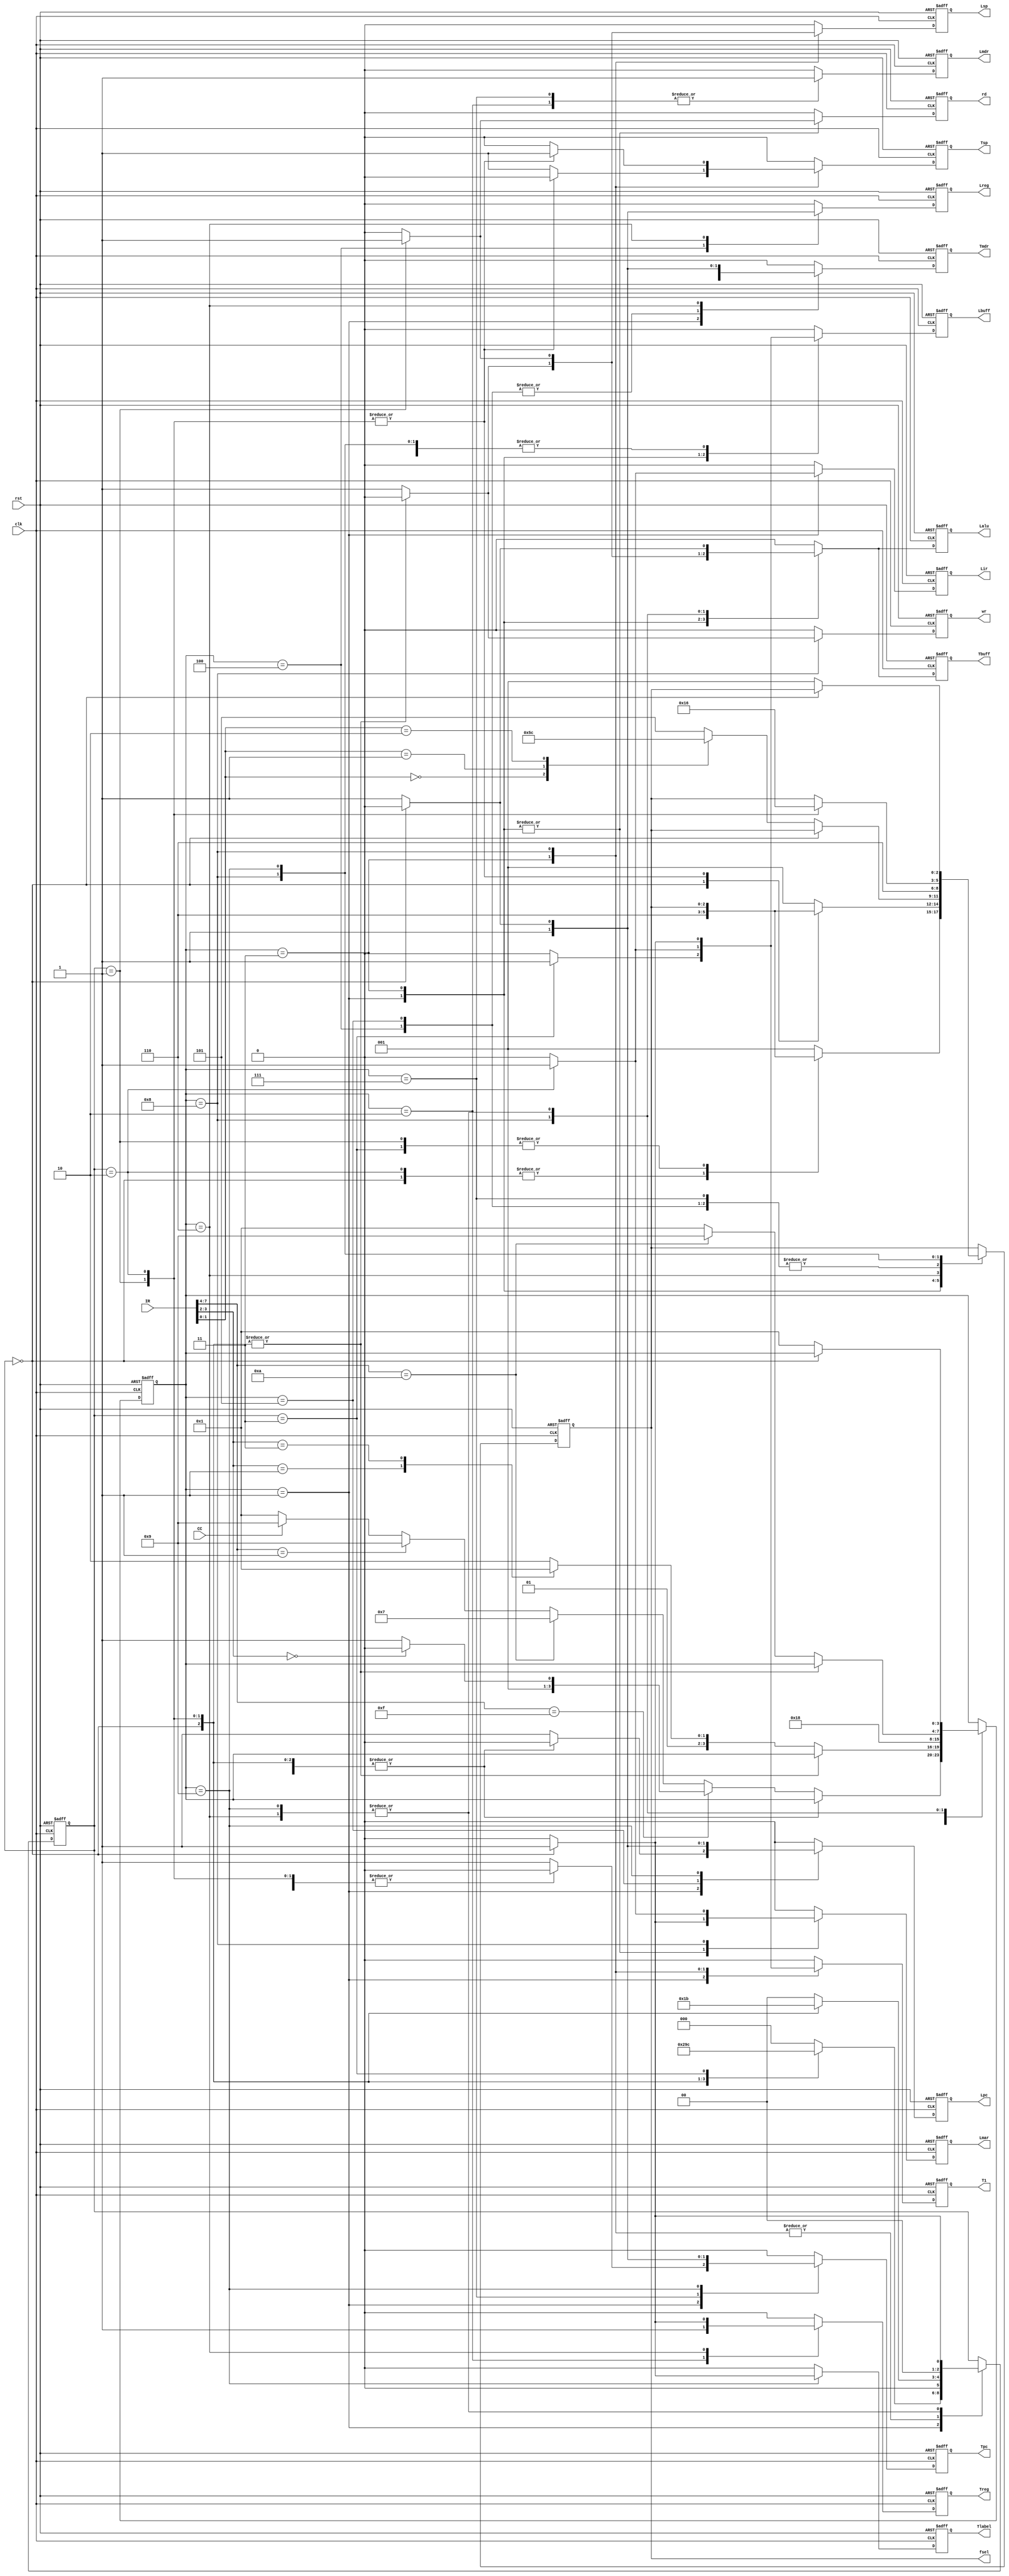
`timescale 1ns / 1ps
//////////////////////////////////////////////////////////////////////////////////
// Company: 
// Engineer: 
// 
// Design Name: 
// Module Name:    CPU_controller 
// Project Name: 
// Target Devices: 
// Tool versions: 
// Description: 
//
// Dependencies: 
//
// Revision: 
// Revision 0.01 - File Created
// Additional Comments: 
//
//////////////////////////////////////////////////////////////////////////////////
module CPU_controller(CC,clk,rst,IR,Lmar,Lir,Lbuff,Lpc,Lsp,Lreg,Lmdr,Lalu,Tpc,Tmdr,T1,Tbuff,Tsp,Treg,Tlabel,wr,rd,fsel);
	input CC,clk,rst;
	input [15:8]IR;
	//input [3:0] state;
	//output [3:0] state;
	output Lmar,Lir,Lbuff,Lpc,Lsp,Lreg,Lmdr,Lalu,Tpc,Tmdr,T1,Tbuff,Tsp,Treg,Tlabel,wr,rd;
	reg [2:0] count;
	output [2:0] fsel;
	reg [3:0] state;
	reg Lmar,Lir,Lbuff,Lpc,Lsp,Lreg,Lmdr,Lalu,Tpc,Tmdr,T1,Tbuff,Tsp,Treg,Tlabel,wr,rd;
	reg [2:0] fsel;
	
	initial begin
		count=3'b000;
		state=3'b001;
		fsel=3'b000;
	end
	

	always@(posedge clk or posedge rst)begin
		Lmar=1'b0;
		Lir=1'b0;
		Lbuff=1'b0;
		Lpc=1'b0;
		Lsp=1'b0;
		Lreg=1'b0;
		Lmdr=1'b0;
		Lalu=1'b0;
		Tpc=1'b0;
		Tmdr=1'b0;
		T1=1'b0;
		Tbuff=1'b0;
		Tsp=1'b0;
		Treg=1'b0;
		Tlabel=1'b0;
		wr=1'b0;
		rd=1'b0;
		$display("state = %h,count= %h",state,count);
		//$display("IR = %b",IR);
		if(rst)
		begin
			count=3'b000;
			state=3'b001;
			fsel=3'b000;
		end
		else
		begin		
		casex(state)
			1:
			begin
				casex(count)	
					0:			// MAR <- PC
					begin
						Tpc=1;
						Lmar=1;
						//Lalu=1;
						fsel=3'b110;
						count=1;
					end
					1:			//MDR <- <MAR>
					begin
						rd=1;
						count=2;
					end
					2:			//IT <- MDR
					begin
						Tmdr=1;
						Lir=1;
						//Lalu=1;
						fsel=3'b110;
						count=3;
					end
					3:			//buff <- 1
					begin
						T1=1;
						Lbuff=1;
						count=4;
					end
					default:	//PC <- Pc+buff
					begin
						Tbuff=1;
						Lalu=1;
						Tpc=1;
						fsel=3'b001;
						Lpc=1;
						count=0;
						if(IR[15:12] == 4'b1111)
							begin
								if(IR[11:10]==2'b00)
									state=2;
								else
									state=3;
							end
						else
							begin
								if(IR[15:12]==4'b1010)
									state=7;
								else
									begin
										if(IR[15:12]==4'b0001)
											state=9;
										else
										begin
											if(CC)
												state=9;
											else
												state=1;
										end
									end
							end							
					end
				endcase
			end

			2:
			begin
				Treg=1;	//MDR <- R
				Lmdr=1;
				//Lalu=1;
				fsel=3'b110;
				state=8;
			end

			3:
			begin
				casex(count)	
					0:			// MAR <- SP
					begin
						Tsp=1;
						Lmar=1;
						//Lalu=1;
						fsel=3'b110;
						count=1;
					end
					1:			//MDR <- <MAR>
					begin
						rd=1;
						count=2;
					end
					2:			//buff <- 1
					begin
						T1=1;
						Lbuff=1;
						count=3;
					end
					default:	//SP <- SP+buff
					begin
						Tbuff=1;
						Lalu=1;
						Tsp=1;
						fsel=3'b001;
						Lsp=1;
						count=0;
						casex(IR[11:10])
							2'b01:
							begin
								state=4;
							end
							2'b11:
							begin
								state=5;
							end
							default:
							begin
								state=6;
							end
						endcase
					end
				endcase
			end

			4:	//R <- MDR
			begin
				Lreg=1;
				Tmdr=1;
				//Lalu=1;
				fsel=3'b110;
				state=1;
			end

			5:	//PC <- MDR
			begin
				Lpc=1;
				Tmdr=1;
				//Lalu=1;
				fsel=3'b110;
				state=1;
			end

			6:
			begin
				casex(count)	
					0:			// buff <- R
					begin
						Treg=1;
						Lbuff=1;
						count=1;
					end
					default:			//R <- M[SP] op R
					begin
						//Treg=1;
						Tmdr=1;
						Lreg=1;
						Tbuff=1;
						count=0;
						state=1;
						Lalu=1;

						casex(IR[9:8])
							0:
							begin
								fsel=3'b001;
							end

							1:
							begin
								fsel=3'b011;
							end

							2:
							begin
								fsel=3'b100;
							end

							default:
							begin
								fsel=3'b101;
							end
						endcase
					end
				endcase
			end

			7:	//MDR <- PC
			begin
				Tpc=1;
				Lmdr=1;
				//Lalu=1;
				fsel=3'b110;
				state=8;
			end

			8:
			begin
				casex(count)	
					0:			//buff <- 1
					begin
						T1=1;
						Lbuff=1;
						count=1;
					end
					1:			//SP <- SP-buff
					begin
						Tbuff=1;
						Lalu=1;
						Tsp=1;
						fsel=3'b010;
						Lsp=1;
						count=2;
					end
					2:			// MAR <- SP
					begin
						Tsp=1;
						Lmar=1;
						//Lalu=1;
						fsel=3'b110;
						count=3;
					end
					default:		//<MAR> <- MDR
					begin
						wr=1;
						count=0;
						casex(IR[15:12])
							4'b1010:
							begin
								state=9;
							end
							default:
							begin
								state=1;
							end
						endcase
					end
				endcase
			end

			9:
			begin
				casex(count)	
					0:			// buff <- label
					begin
						Tlabel=1;
						Lbuff=1;
						count=1;
					end
					default:			//PC <- PC + buff
					begin
						fsel=3'b001;
						Tpc=1;
						Lalu=1;
						Lpc=1;
						Tbuff=1;
						count=0;
						state=1;
					end
				endcase
			end
		endcase
	end
	end
endmodule